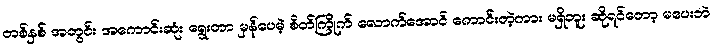
တစ်နှစ် အတွင်း အကောင်းဆုံး ရွေးတာ မှန်ပေမဲ့ စိတ်ကြိုက် လောက်အောင် ကောင်းတဲ့ကား မရှိဘူး ဆိုရင်တော့ မပေးဘဲ